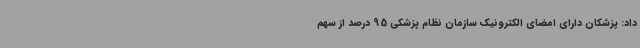
داد: پزشکان دارای امضای الکترونیک سازمان نظام پزشکی 95 درصد از سهم